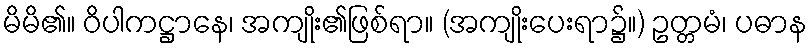
မိမိ၏။ ဝိပါကဋ္ဌာနေ၊ အကျိုး၏ဖြစ်ရာ။ (အကျိုးပေးရာ၌။) ဥတ္တမံ၊ ပဓာန